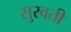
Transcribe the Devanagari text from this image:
सुरवती